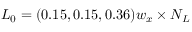
L _ { 0 } = ( 0 . 1 5 , 0 . 1 5 , 0 . 3 6 ) w _ { x } \times N _ { L }